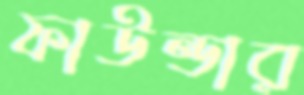
ফাউন্ডার